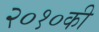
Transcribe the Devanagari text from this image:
२०१०की